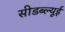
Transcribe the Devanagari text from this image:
सीडब्ल्यूई